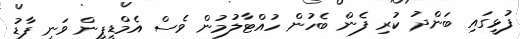
ފުޅީގައި ބަންދު ކުރި ފެން ބެހުން ހުއްޓާލުމުން ވެސް އެމްޑީޕީން ވަނީ ފާޑު